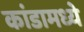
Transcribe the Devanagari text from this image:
कांडामध्ये